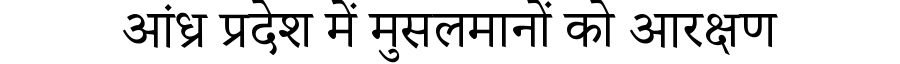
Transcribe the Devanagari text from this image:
आंध्र प्रदेश में मुसलमानों को आरक्षण